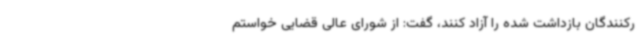
رکنندگان بازداشت شده را آزاد کنند، گفت: از شورای عالی قضایی خواستم